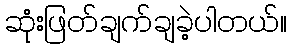
ဆုံးဖြတ်ချက်ချခဲ့ပါတယ်။